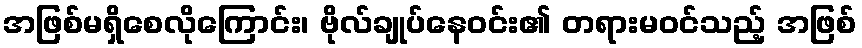
အဖြစ်မရှိစေလိုကြောင်း၊ ဗိုလ်ချုပ်နေဝင်း၏ တရားမဝင်သည့် အဖြစ်